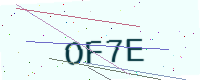
Text: OF7E